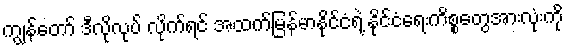
ကျွန်တော် ဒီလိုလုပ် လိုက်ရင် အထက်မြန်မာနိုင်ငံရဲ့ နိုင်ငံရေးကိစ္စတွေအားလုံးကို